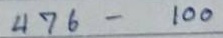
476 - 100